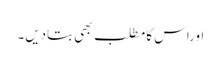
اوراس کامطلب بھی بتادیں۔